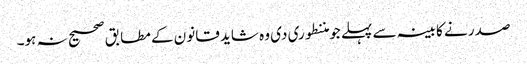
صدر نے کابینہ سے پہلے جو مننطوری دی وہ شاید قانون کے مطابق صحیح نہ ہو۔